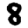
Digit: 8